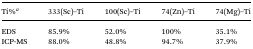
<table><thead><tr><td><b>Ti%<sup><i>a</i></sup></b></td><td><b>333(Sc)–Ti</b></td><td><b>100(Sc)–Ti</b></td><td><b>74(Zn)–Ti</b></td><td><b>74(Mg)–Ti</b></td></tr></thead><tbody><tr><td>EDS</td><td>85.9%</td><td>52.0%</td><td>100%</td><td>35.1%</td></tr><tr><td>ICP-MS</td><td>88.0%</td><td>48.8%</td><td>94.7%</td><td>37.9%</td></tr></tbody></table>